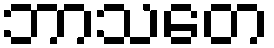
ဘာသတေ